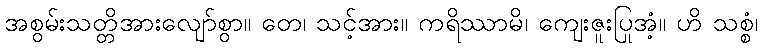
အစွမ်းသတ္တိအားလျော်စွာ။ တေ၊ သင့်အား။ ကရိဿာမိ၊ ကျေးဇူးပြုအံ့။ ဟိ သစ္စံ၊